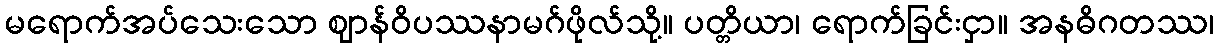
မရောက်အပ်သေးသော ဈာန်ဝိပဿနာမဂ်ဖိုလ်သို့။ ပတ္တိယာ၊ ရောက်ခြင်းငှာ။ အနဓိဂတဿ၊